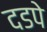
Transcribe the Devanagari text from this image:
दडपे